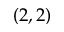
( 2 , 2 )